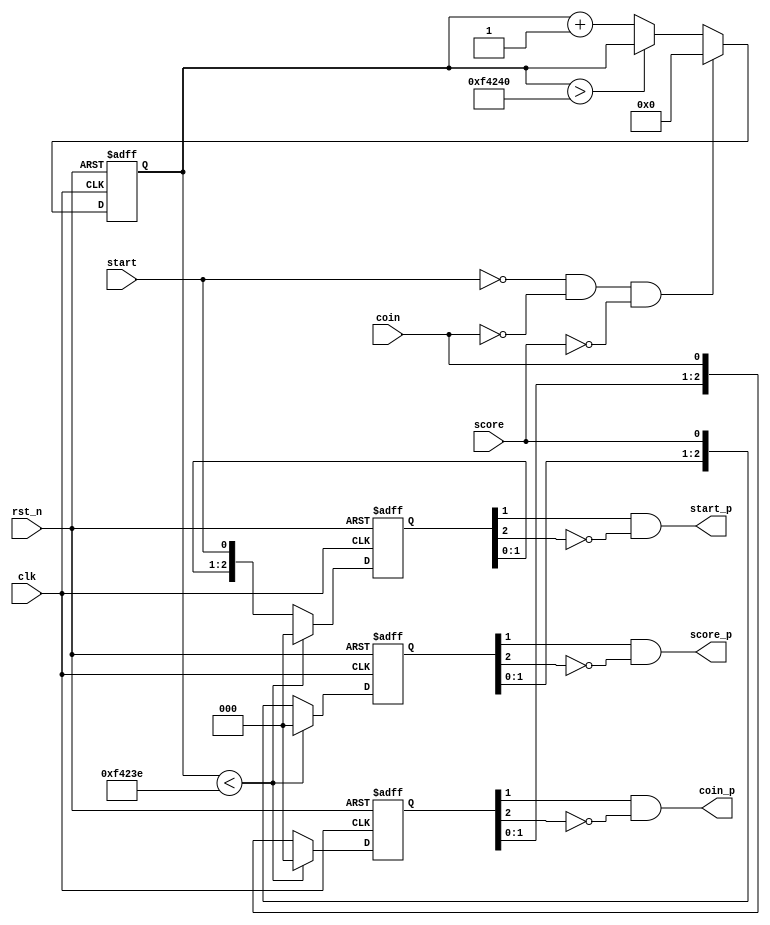
`timescale 1ns / 1ps
//////////////////////////////////////////////////////////////////////////////////
// Company: 
// Engineer: 
// 
// Design Name: 
// Module Name:    RemoveJitter 
// Project Name: 
// Target Devices: 
// Tool versions: 
// Description: 
//
// Dependencies: 
//
// Revision: 
// Revision 0.01 - File Created
// Additional Comments: 
//
//////////////////////////////////////////////////////////////////////////////////
module RemoveJitter(
input				clk,
input				rst_n,
input				start,
input				coin,
input				score,
output	wire	start_p,
output	wire	coin_p,
output	wire	score_p
    );

reg	[19:0]	cnt = 20'h0;	 

always@(posedge clk or negedge rst_n)
	begin
		if(~rst_n)
			cnt <= 20'h0;
		else if(~start && ~coin && ~score)
			cnt <= 20'h0;
		else if(cnt > 20'd1_000_000)
			cnt <= cnt;
		else
			cnt <= cnt + 20'h1;
	end

reg	[2:0] start_delay	= 3'h0;
reg	[2:0] coin_delay = 3'h0;
reg	[2:0]	score_delay = 3'h0;

always @ (posedge clk or negedge rst_n)
	begin
		if(~rst_n)
			begin
				start_delay <= 3'h0;
				coin_delay <= 3'h0;
				score_delay <= 3'h0;
			end
		else if(cnt < 20'd999_998)
			begin
				start_delay <= 3'h0;
				coin_delay	<= 3'h0;
				score_delay <= 3'h0;
			end
		else
			begin
				start_delay <= {start_delay[1:0], start};
				coin_delay <= {coin_delay[1:0], coin};
				score_delay <= {score_delay[1:0], score};
			end
	end

assign start_p = start_delay[1] && (~start_delay[2]);       // pulse
assign coin_p = coin_delay[1] && (~coin_delay[2]); 
assign score_p = score_delay[1] && (~score_delay[2]);


endmodule